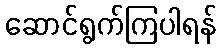
ဆောင်ရွက်ကြပါရန်